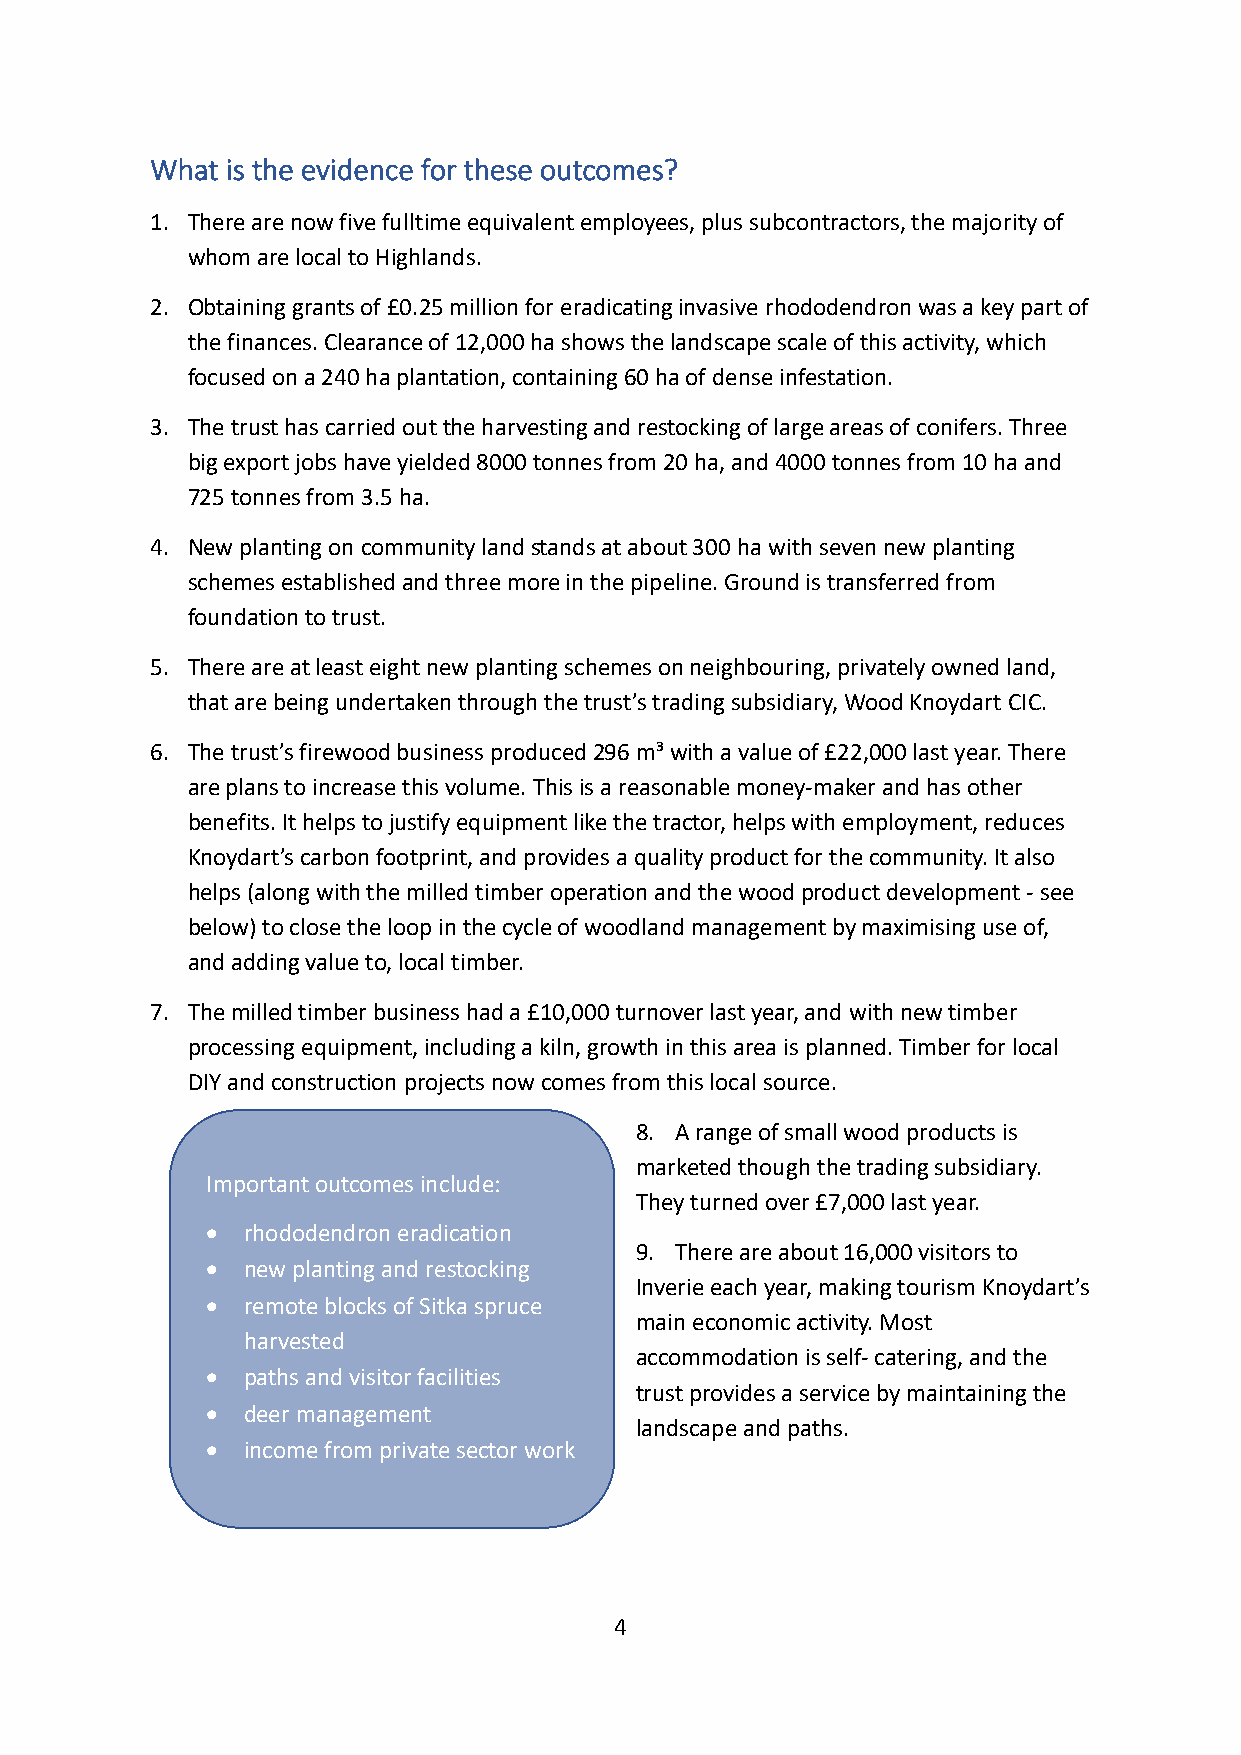
What is the evidence for these outcomes?
 1. There are now five fulltime equivalent employees, plus subcontractors, the majority of
 whom are local to Highlands.
 2. Obtaining grants of £0.25 million for eradicating invasive rhododendron was a key part of
 the finances. Clearance of 12,000 ha shows the landscape scale of this activity, which
 focused on a 240 ha plantation, containing 60 ha of dense infestation.
 3. The trust has carried out the harvesting and restocking of large areas of conifers. Three
 big export jobs have yielded 8000 tonnes from 20 ha, and 4000 tonnes from 10 ha and
 725 tonnes from 3.5 ha.
 4. New planting on community land stands at about 300 ha with seven new planting
 schemes established and three more in the pipeline. Ground is transferred from
 foundation to trust.
 5. There are at least eight new planting schemes on neighbouring, privately owned land,
 that are being undertaken through the trust’s trading subsidiary, Wood Knoydart CIC.
 6. The trust’s firewood business produced 296 m³ with a value of £22,000 last year. There
 are plans to increase this volume. This is a reasonable money-maker and has other
 benefits. It helps to justify equipment like the tractor, helps with employment, reduces
 Knoydart’s carbon footprint, and provides a quality product for the community. It also
 helps (along with the milled timber operation and the wood product development - see
 below) to close the loop in the cycle of woodland management by maximising use of,
 and adding value to, local timber.
 7. The milled timber business had a £10,000 turnover last year, and with new timber
 processing equipment, including a kiln, growth in this area is planned. Timber for local
 DIY and construction projects now comes from this local source.
 8. A range of small wood products is
 marketed though the trading subsidiary.
 Important outcomes include:
 They turned over £7,000 last year.
  rhododendron eradication
 9. There are about 16,000 visitors to
  new planting and restocking
 Inverie each year, making tourism Knoydart’s
  remote blocks of Sitka spruce
 main economic activity. Most
 harvested
 accommodation is self- catering, and the
  paths and visitor facilities
 trust provides a service by maintaining the
  deer management
 landscape and paths.
  income from private sector work
 4